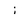
Character: i